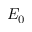
E _ { 0 }